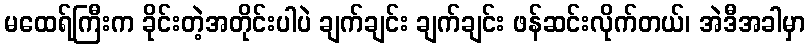
မထေရ်ကြီးက ခိုင်းတဲ့အတိုင်းပါပဲ ချက်ချင်း ချက်ချင်း ဖန်ဆင်းလိုက်တယ်၊ အဲဒီအခါမှာ